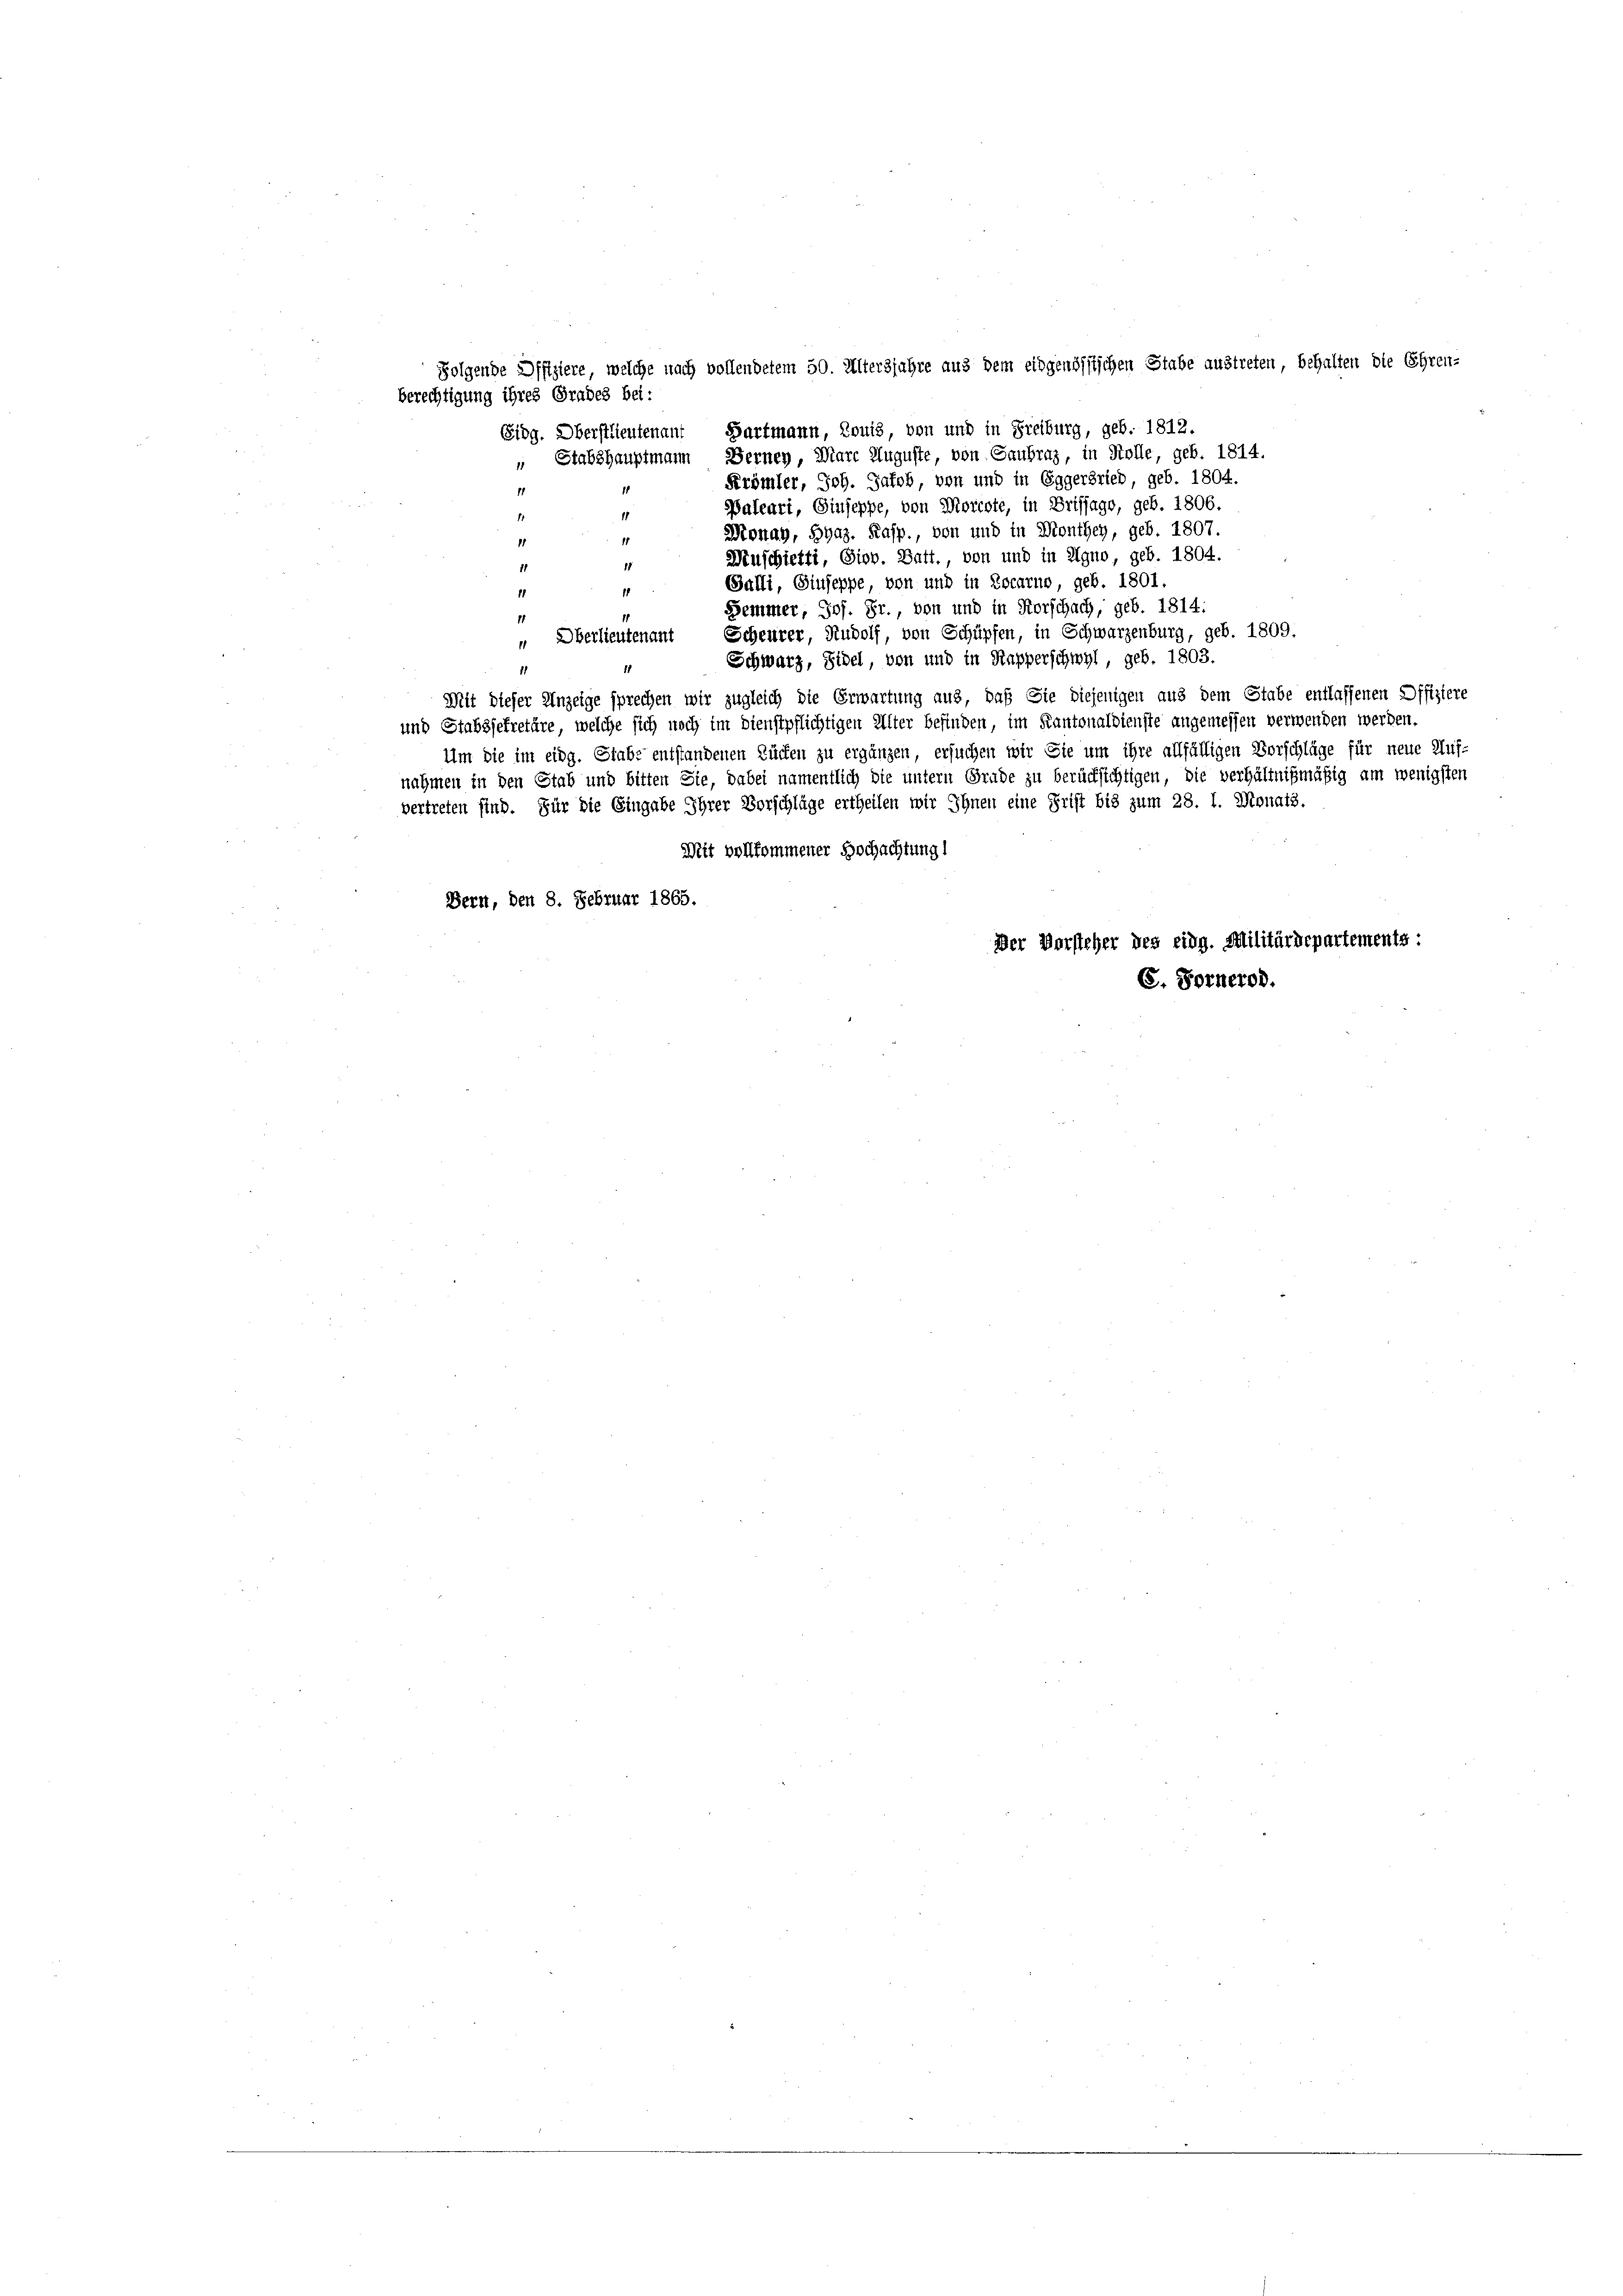
Folgende Offiziere, welche nach vollendetem 50. Altersjahre aus dem eidgenössischen Stabe austreten, behalten die Ehren-
berechtigung ihres Grades bei:
Eidg. Oberstlieutenant Hartmann, Louis, von und in Freiburg, geb. 1812.
" Stabshauptmann, Berney, Mare Auguste, von Gaubraz, in Kolle, geb. 1814.
Krömler, Joh. Jakob, von und in Eggerbrieb, geb. 1804.
1
11
Paleari, Giuseppe, von Morcote, in Brifjago, geb. 1806.
11
1
Monay, Hyaz. Kasp., von und in Monthey, geb. 1807.
1
11
Muschietti, Siov. Batt., von und in Agno, geb. 1804.
15
11
Balli, Giuseppe, von und in Locarno, geb. 1801.
1
11
Semmer, Jos. Fr., von und in Forschach, geb. 1814.
1
" Oberlieutenant Scheurer, Rudolf, von Schüpfen, in Schwarzenburg, geb. 1809.
Schwarz, Sidel, von und in Kapperschwyl, geb. 1803.
1
Mit dieser Anzeige sprechen wir zugleich die Erwartung aus, daß Sie diejenigen aus dem Stabe entlassenen Offiziere
und Stabssekretäre, welche sich noch im Dienstpflichtigen Alter befinden, im Kantonaldienste angemessen verwenden werden.
Um die im eidg. Stabe entstandenen Rücken zu ergänzen, ersuchen wir Sie um ihre allfälligen Vorschläge für neue Auf-
nahmen in den Stab und bitten Sie, dabei namentlich die untern Grade zu berücksichtigen, die verhältnißmäßig am wenigsten
vertreten sind. Für die Eingabe Ihrer Vorschläge ertheilen wir Ihnen eine Frist bis zum 28. 1. Monats.
Mit vollkommener Hochachtung!
Bern, den 8. Februar 1865.
Der Vorsteher des eidg. Militärdepartements:
E. Fornerod.